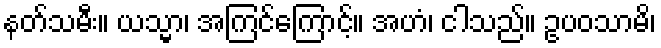
နတ်သမီး။ ယသ္မာ၊ အကြင်ကြောင့်။ အဟံ၊ ငါသည်။ ဥပဝသာမိ၊